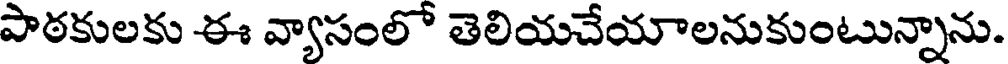
పాఠకులకు ఈ వ్యాసంలో తెలియచేయాలనుకుంటున్నాను.